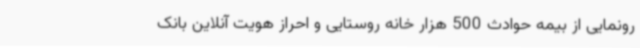
رونمایی از بیمه حوادث 500 هزار خانه روستایی و احراز هویت آنلاین بانک